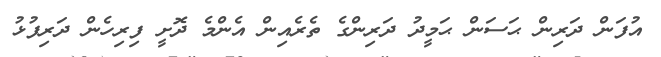
އުފަން ދަރިން ޙަސަން ޙަމީދު ދަރިންގެ ތެރެއިން އެންމެ ދޮށީ ފިރިހެން ދަރިފުޅު